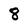
Character: 8